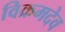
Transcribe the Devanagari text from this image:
विक्रमदेव